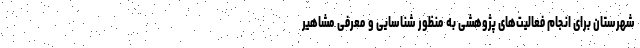
شهرستان برای انجام فعالیت‌های پژوهشی به منظور شناسایی و معرفی مشاهیر